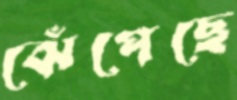
ঝেঁপেছে